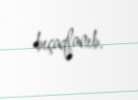
bıçaqlanıb.